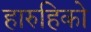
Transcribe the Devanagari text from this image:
हारुहिको